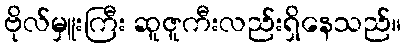
ဗိုလ်မှူးကြီး ဆူဇူကီးလည်းရှိနေသည်။